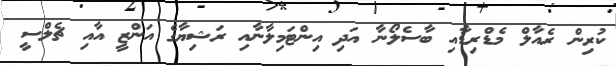
ކުރިން ރެއާލް މެޑްރިޑާއި ބާސެލޯނާ އަދި އިންޓަމިލާނާއި ރަޝިޔާގެ އަންޒީ އާއި ޗެލްސީ